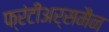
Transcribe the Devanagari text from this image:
फ्रंटीअर्समैन